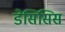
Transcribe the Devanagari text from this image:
डेसिसिस